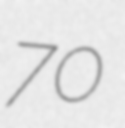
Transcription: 70